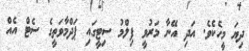
ދިޔަ މީހެކެވެ. އަދި އޭނާ މަރުވީ ފިލްމު ސިޓީގައި ޕަދްމާވަތީގެ ސެޓް އެއް